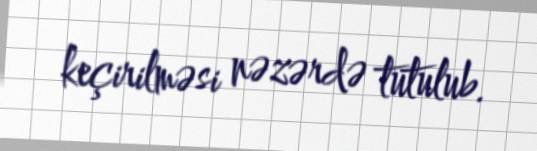
keçirilməsi nəzərdə tutulub.